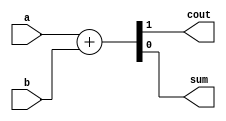
// This program was cloned from: https://github.com/matthewdelorenzo/CreativEval
// License: BSD 3-Clause "New" or "Revised" License

module top_module( 
    input a, b,
    output cout, sum );
    
    assign {cout, sum} = a + b;

endmodule